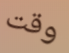
وقت